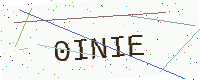
Text: 0INIE